Civil Veterinary Dept. Bombay admin report 1893-99 - 1893-1899
Year: 1893
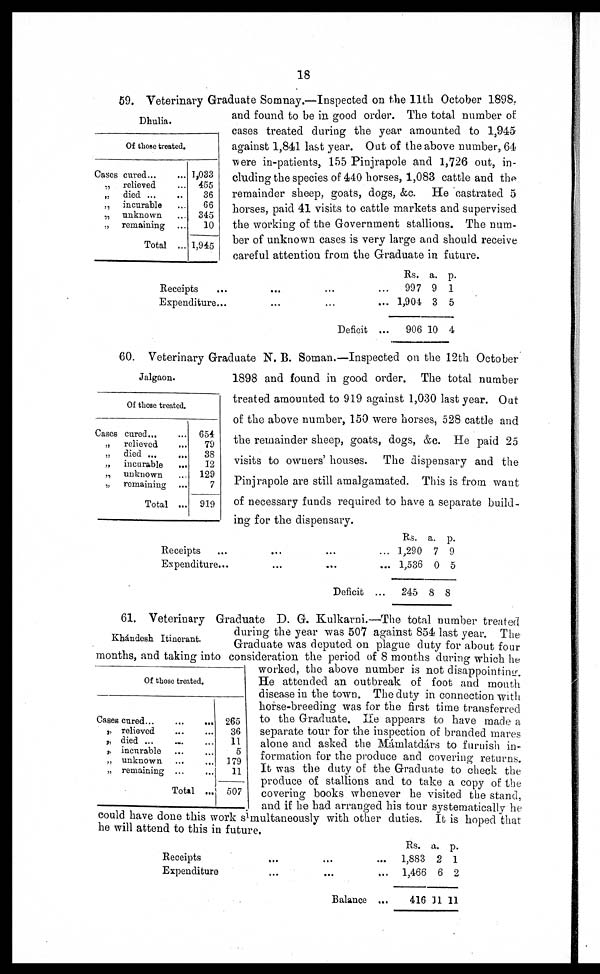
18
Dhulia.
Of those treated.
Cases cured ... ...
„
relieved ...
„
died
...
..
„
incurable ...
„
unknown ...
„ remaining ...
Total ...
1,033
455
36
66
345
10
1,945
59. Veterinary Graduate Somnay.—Inspected on the 11th October 1898,
and found to be in good order. The total number of
cases treated during the year amounted to 1,945
against 1,841 last year. Out of the above number, 64
were in-patients, 155 Pinjrapole and 1,726 out, in-
cluding the species of 440 horses, 1,083 cattle and the
remainder sheep, goats, dogs, &c. He castrated 5
horses, paid 41 visits to cattle markets and supervised
the working of the Government stallions. The num-
ber of unknown cases is very large and should receive
careful attention from the Graduate in future.
Receipts
...
...
...
...
Expenditure...
...
... ...
Deficit ...
Rs.
997
1,904
906
a.
9
3
10
p.
1
5
4
Jalgaon.
Of those treated.
Cases cured... ...
„
relieved ...
„
died ... ...
„incurable ...
„ unknown ...
„ remaining...
Total ...
654
79
38
12
129
7
919
60. Veterinary Graduate N. B. Soman.—Inspected on the 12th October
1898 and found in good order. The total number
treated amounted to 919 against 1,030 last year. Out
of the above number, 150 were horses, 528 cattle and
the remainder sheep, goats, dogs, &c. He paid 25
visits to owners' houses. The dispensary and the
Pinjrapole are still amalgamated. This is from want
of necessary funds required to have a separate build-
ing for the dispensary.
Receipts...
...
...
...
Expenditure...
...
...
...
Deficit ...
Rs.
1,290
1,536
245
a.
7
0
8
p.
9
5
8
Khándesh Itinerant.
Of those treated.
Cases cured...
...
...
„ relieved ... ...
„ died ... ... ...
„ incurable ... ...
„ unknown ... ...
„ remaining ... ...
Total ...
265
36
11
5
179
11
507
61. Veterinary Graduate D. G. Kulkarni.—The total number treated
during the year was 507 against 854 last year. The
Graduate was deputed on plague duty for about four
months, and taking into consideration the period of 8 months during which he
worked, the above number is not disappointing.
He attended an outbreak of foot and mouth
disease in the town. The duty in connection with
horse-breeding was for the first time transferred
to the Graduate. He appears to have made a
separate tour for the inspection of branded mares
alone and asked the Mámlatdárs to furnish in-
formation for the produce and covering returns.
It was the duty of the Graduate to check the
produce of stallions and to take a copy of the
covering books whenever he visited the stand,
and if he had arranged his tour systematically he
could have done this work simultaneously with other duties. It is hoped that
he will attend to this in future.
Receipts
...
...
...
Expenditure
...
Balance ...
Rs.
1,883
1,466
416
a.
2
6
11
p.
1
2
11